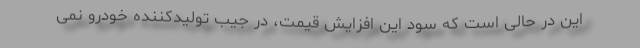
این در حالی است که سود این افزایش قیمت، در جیب تولیدکننده خودرو نمی